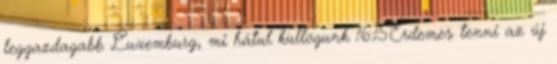
leggazdagabb Luxemburg, mi hátul kullogunk 16:15Érdemes tenni az új